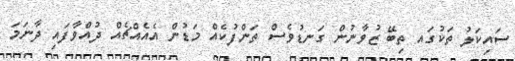
ސައިކަލު ތަކުގައ ތިބޭ ޒުވާނުން ގަނޑުވެސް ތަންފުކެއް މަޑުން އެއެއްޗެއް ދުއްވާފައި ދާނަމަ